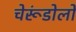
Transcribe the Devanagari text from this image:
चेरूंडोलो